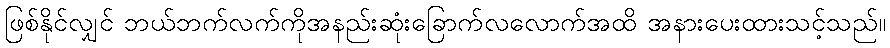
ဖြစ်နိုင်လျှင် ဘယ်ဘက်လက်ကိုအနည်းဆုံးခြောက်လလောက်အထိ အနားပေးထားသင့်သည်။